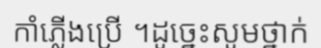
កាំភ្លើងប្រើ ។ដូច្នេះសូមថ្នាក់